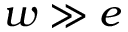
w \gg e